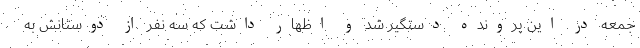
جمعه در این پرونده دستگیر شد و اظهار داشت که سه نفر از دوستانش به